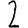
Digit: 2